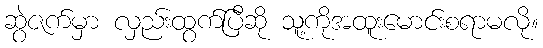
ဆွဲဇက်မှာ လှည်းထွက်ပြီဆို သူ့ကိုအထူးမောင်းစရာမလို။